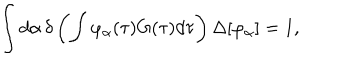
LaTeX: \int d \alpha \, \delta \left( \int \varphi _ { \alpha } ( \tau ) G ( \tau ) d \tau \right) \Delta [ \varphi _ { \alpha } ] = 1 ,